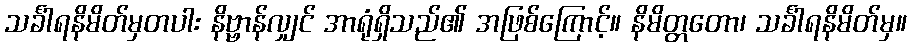
သင်္ခါရနိမိတ်မှတပါး နိဗ္ဗာန်လျှင် အာရုံရှိသည်၏ အဖြစ်ကြောင့်။ နိမိတ္တတော၊ သင်္ခါရနိမိတ်မှ။